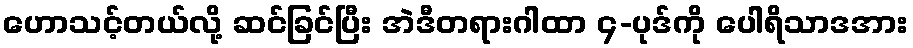
ဟောသင့်တယ်လို့ ဆင်ခြင်ပြီး အဲဒီတရားဂါထာ ၄-ပုဒ်ကို ပေါရိသာဒအား